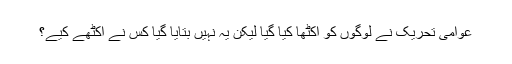
عوامی تحریک نے لوگوں کو اکٹھا کیا گیا لیکن یہ نہیں بتایا گیا کس نے اکٹھے کیے؟